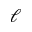
\ell